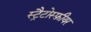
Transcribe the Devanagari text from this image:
स्ट्रैटोस्फ़ीयर